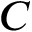
C